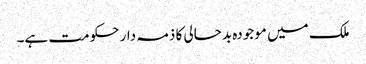
ملک میں موجودہ بدحالی کا ذمہ دار حکومت ہے۔